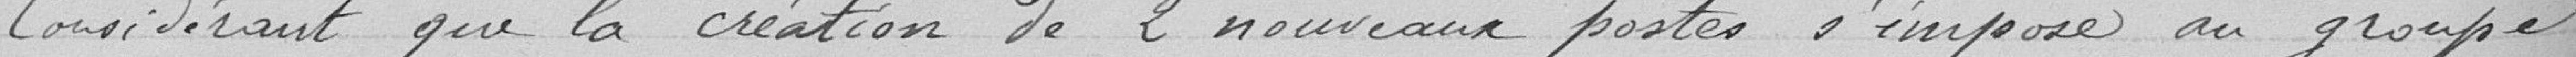
Considérant que la création de 2 nouveaux postes s'imposte au groupe